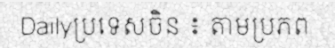
Dailyប្រទេសចិន ៖ តាមប្រភព